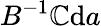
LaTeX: B^{-1}\mathbb{C}{\mathrm{{d}}}a